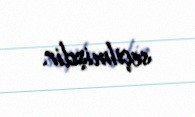
seçilmişdir.